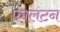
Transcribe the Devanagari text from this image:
फालटन